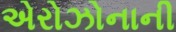
એરોઝોનાની